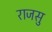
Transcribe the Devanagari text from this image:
राजसु